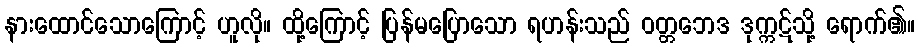
နားထောင်သောကြောင့် ဟူလို။ ထို့ကြောင့် ပြန်မပြောသော ရဟန်းသည် ဝတ္တဘေဒ ဒုက္ကဋ်သို့ ရောက်၏။